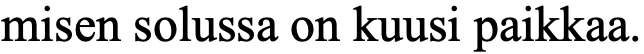
misen solussa on kuusi paikkaa.